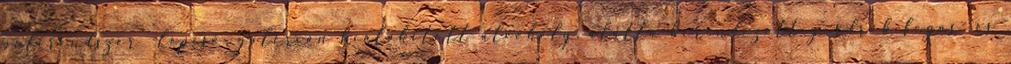
polcrendszer lépcső, galérián kialakított alvóhely, alatta berendezett gardrób fogas- és